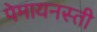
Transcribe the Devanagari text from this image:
पेमायनस्‍ती